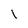
Character: l